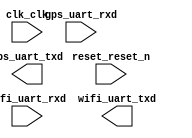

module system (
	clk_clk,
	reset_reset_n,
	wifi_uart_rxd,
	wifi_uart_txd,
	gps_uart_rxd,
	gps_uart_txd);	

	input		clk_clk;
	input		reset_reset_n;
	input		wifi_uart_rxd;
	output		wifi_uart_txd;
	input		gps_uart_rxd;
	output		gps_uart_txd;
endmodule